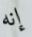
إنه